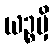
ယဉ္စမှိ